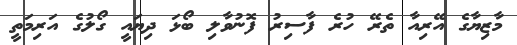
މާޒިޔާގެ އޭރިއާ ތެރޭ ހުރެ ފާސިރު ފޮނުވާލި ބޯޅަ ދިޔައީ ގޯލުގެ އަރިމަތީ